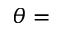
\theta =